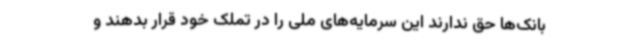
بانک‌ها حق ندارند این سرمایه‌های ملی را در تملک خود قرار بدهند و